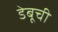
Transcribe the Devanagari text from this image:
डेबूची